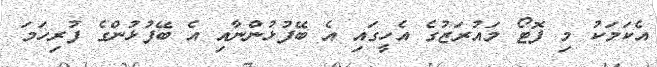
އެކަމަކު މި ފޮޓޯ މައުރަޒުގެ އެހީގައި އެ ބޭފުޅުންނާއި އެ ބޭފުޅުންގެ ފުރިހަމަ